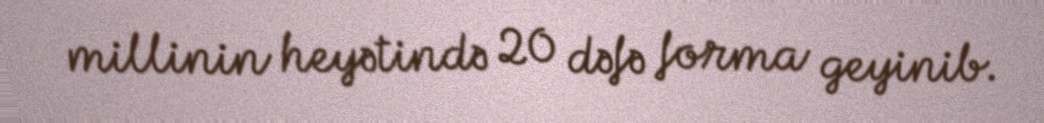
millinin heyətində 20 dəfə forma geyinib.